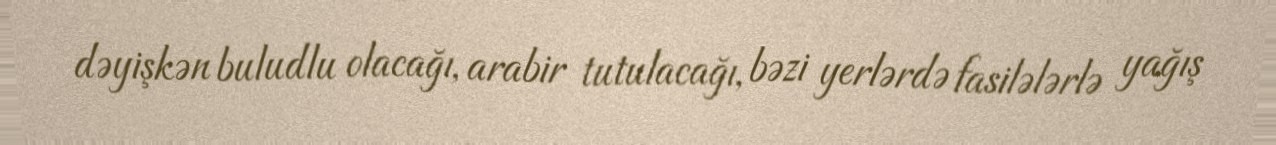
dəyişkən buludlu olacağı, arabir tutulacağı, bəzi yerlərdə fasilələrlə yağış